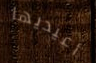
أعيديها